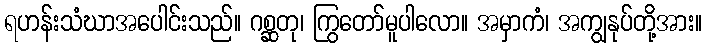
ရဟန်းသံဃာအပေါင်းသည်။ ဂစ္ဆတု၊ ကြွတော်မူပါလော။ အမှာကံ၊ အကျွနုပ်တို့အား။